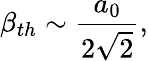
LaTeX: \beta_{th}\sim\frac{a_{0}}{2\sqrt{2}},